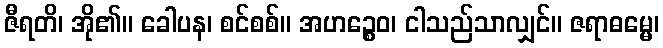
ဇီရတိ၊ အို၏။ ခေါပန၊ စင်စစ်။ အဟဉ္စေဝ၊ ငါသည်သာလျှင်။ ဇရာဓမ္မေ၊